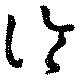
冷